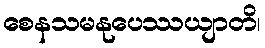
စေနသမနုပေဿယျာတိ၊